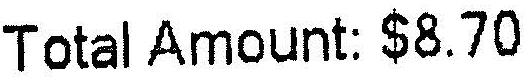
TOTAL AMOUNT: $8.70